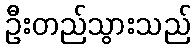
ဦးတည်သွားသည်